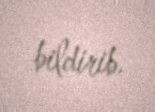
bildirib.